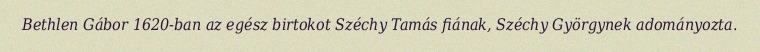
Bethlen Gábor 1620-ban az egész birtokot Széchy Tamás fiának, Széchy Györgynek adományozta.